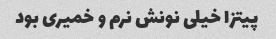
پیتزا خیلی نونش نرم و خمیری بود